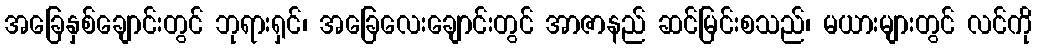
အခြေနှစ်ချောင်းတွင် ဘုရားရှင်၊ အခြေလေးချောင်းတွင် အာဇာနည် ဆင်မြင်းစသည်၊ မယားများတွင် လင်ကို